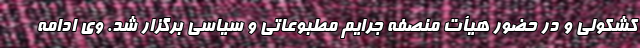
کشکولی و در حضور هیأت منصفه جرایم مطبوعاتی و سیاسی برگزار شد. وی ادامه